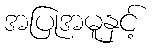
အပြုအမူနှင့်